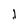
Character: j